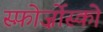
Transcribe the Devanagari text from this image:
स्फ़ोर्ज़ोस्को